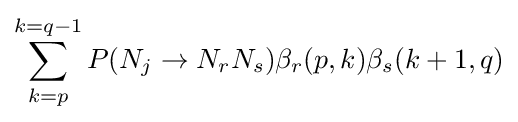
\sum _{k=p}^{k=q-1}P(N_{j}\rightarrow N_{r}N_{s})\beta _{r}(p,k)\beta _{s}(k+1,q)